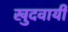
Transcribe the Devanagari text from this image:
खुदवायीं